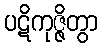
ပဋိကုဇ္ဇိတွာ